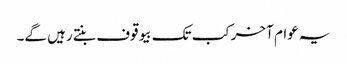
یہ عوام آخرکب تک بیوقوف بنتے رہیں گے۔